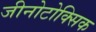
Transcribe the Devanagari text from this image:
जीनोटोक्सिक